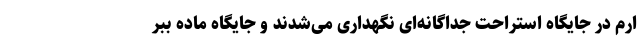
ارم در جایگاه استراحت جداگانه‌ای نگهداری می‌شدند و جایگاه ماده ببر